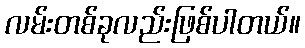
လမ်းတစ်ခုလည်းဖြစ်ပါတယ်။